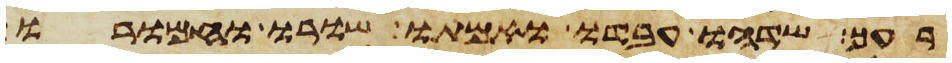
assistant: רעך שדהו עבדו ואמתו שורו וחמורו